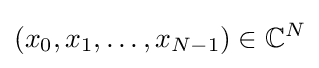
(x_{0},x_{1},\ldots ,x_{N-1})\in \mathbb {C} ^{N}